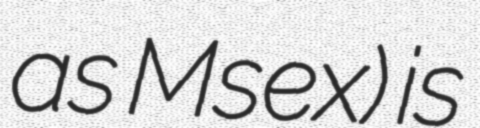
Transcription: as Msex) is